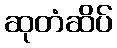
ဆုတံဆိပ်